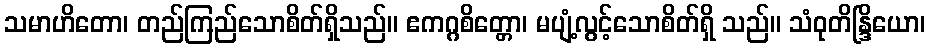
သမာဟိတော၊ တည်ကြည်သောစိတ်ရှိသည်။ ဧကဂ္ဂစိတ္တော၊ မပျံ့လွင့်သောစိတ်ရှိ သည်။ သံဝုတိန္ဒြိယော၊